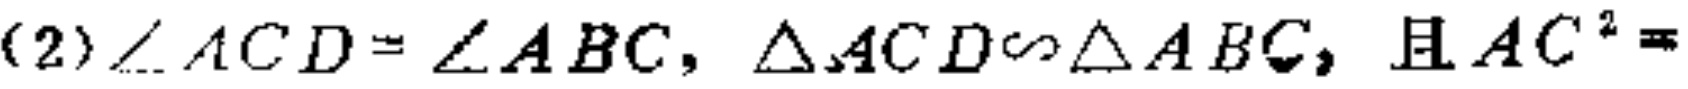
(2)$\angle ACD = \angle ABC$, $\triangle ACD\sim\triangle ABC$, 且$AC^{2}=$